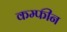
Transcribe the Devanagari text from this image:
कम्फीन